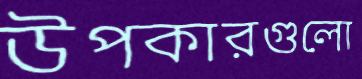
উপকারগুলো